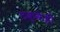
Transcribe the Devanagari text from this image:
टक्केही